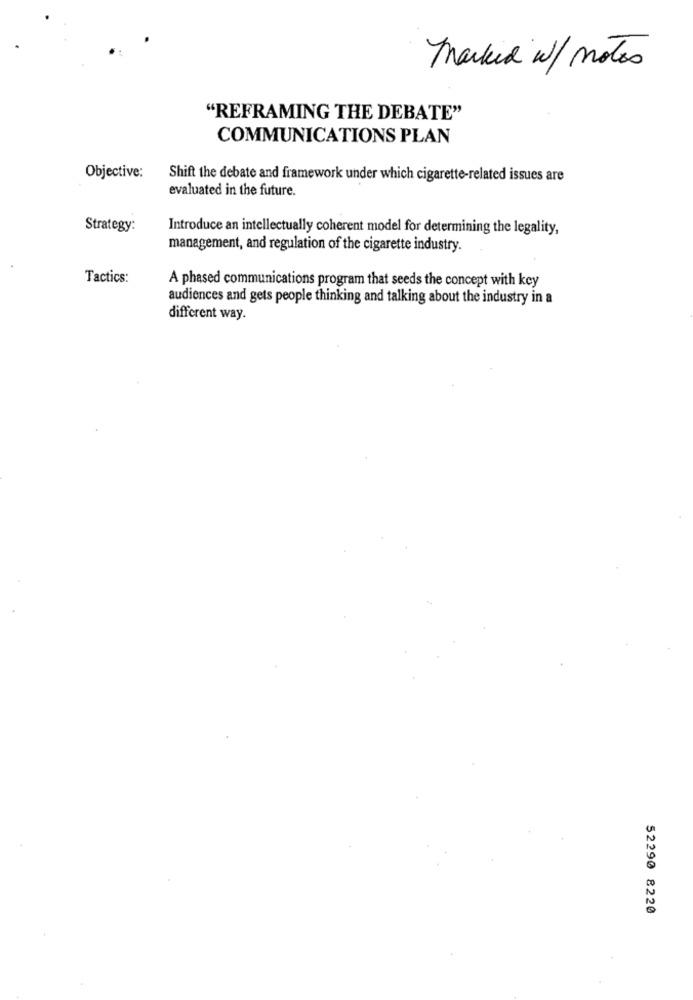
Marked w / motos
"REFRAMING THE DEBATE"
COMMUNICATIONS PLAN
Objective:
Shift the debate and framework under which cigarette-related issues are
evaluated in the future.
Strategy:
Introduce an intellectually coherent model for determining the legality,
management, and regulation of the cigarette industry.
Tactics:
A phased communications program that seeds the concept with key
audiences and gets people thinking and talking about the industry in a
different way.
52290 8220